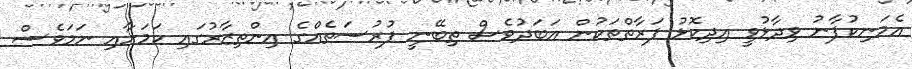
އެމަނިކުފާނު ވިދާޅުވީ އިދިކޮޅު ފަރާތްތަކުން އަބަދުވެސް ތިބޭނީ ފުރުސަތެއްގެ އިންތިޒާރުގައި ކަމަށާއި ނަމަވެސް